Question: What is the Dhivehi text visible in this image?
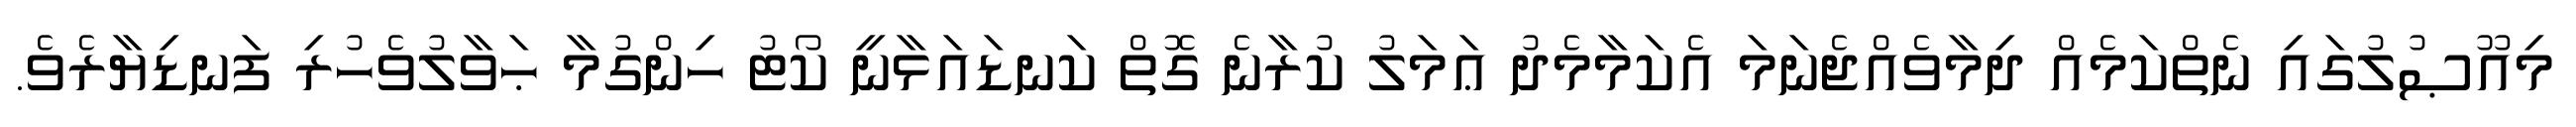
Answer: މިއޫޞުލުގައި ނެތްކަމެއް ދިމާވެއްޖެނަމަ އެކަމާމެދު ޢަމަލު ކުރާނެ ގޮތް ކަނޑައަޅާނީ ކޯޓު ހިންގުމާ ޙަވާލުވެހުރި ފަނޑިޔާރެވެ.